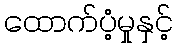
ထောက်ပံ့မှုနှင့်